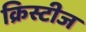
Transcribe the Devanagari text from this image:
क्रिस्टीज